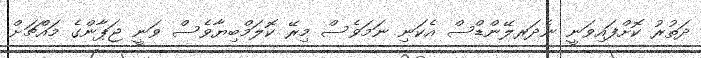
ދަތުރު ކޮށްފައިވަނީ ނެދަރލޭންޑްސް އެކަނި ނަމަވެސް މިރޭ ކޮލަމްބިޔާވެސް ވަނީ ޖަޕާންގެ މައްޗަށް